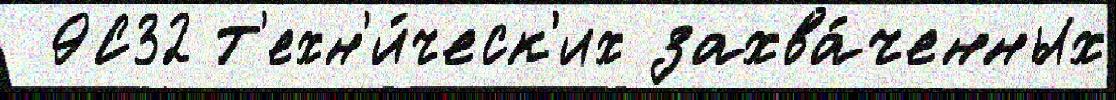
 9С32 т'ехн'и́ческ'их захва́ченных